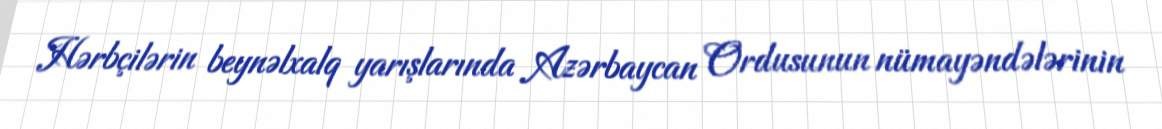
Hərbçilərin beynəlxalq yarışlarında Azərbaycan Ordusunun nümayəndələrinin